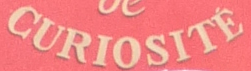
CURIOSITE